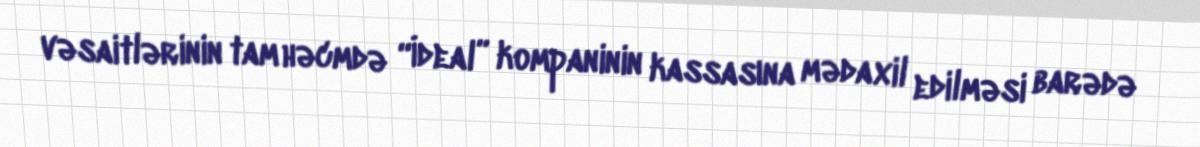
vəsaitlərinin tam həcmdə “İdeal” kompaninin kassasına mədaxil edilməsi barədə